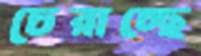
চেরাচ্ছে